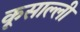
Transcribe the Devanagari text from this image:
कूसाल्ली